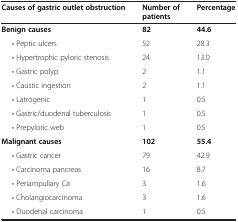
<table><thead><tr><td><b>Causes of gastric outlet obstruction</b></td><td><b>Number of patients</b></td><td><b>Percentage</b></td></tr></thead><tbody><tr><td><b>Benign causes</b></td><td><b>82</b></td><td><b>44.6</b></td></tr><tr><td>• Peptic ulcers</td><td>52</td><td>28.3</td></tr><tr><td>• Hypertrophic pyloric stenosis</td><td>24</td><td>13.0</td></tr><tr><td>• Gastric polyp</td><td>2</td><td>1.1</td></tr><tr><td>• Caustic ingestion</td><td>2</td><td>1.1</td></tr><tr><td>• Latrogenic</td><td>1</td><td>0.5</td></tr><tr><td>• Gastric/duodenal tuberculosis</td><td>1</td><td>0.5</td></tr><tr><td>• Prepyloric web</td><td>1</td><td>0.5</td></tr><tr><td><b>Malignant causes</b></td><td><b>102</b></td><td><b>55.4</b></td></tr><tr><td>• Gastric cancer</td><td>79</td><td>42.9</td></tr><tr><td>• Carcinoma pancreas</td><td>16</td><td>8.7</td></tr><tr><td>• Periampullary Ca</td><td>3</td><td>1.6</td></tr><tr><td>• Cholangiocarcinoma</td><td>3</td><td>1.6</td></tr><tr><td>• Duodenal carcinoma</td><td>1</td><td>0.5</td></tr></tbody></table>